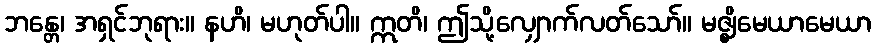
ဘန္တေ၊ အရှင်ဘုရား။ နဟိ၊ မဟုတ်ပါ။ ဣတိ၊ ဤသို့လျှောက်လတ်သော်။ မဇ္ဈိမေယာမေယာ